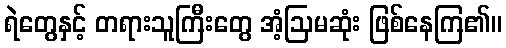
ရဲတွေနှင့် တရားသူကြီးတွေ အံ့ဩမဆုံး ဖြစ်နေကြ၏။